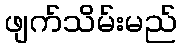
ဖျက်သိမ်းမည်